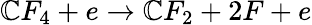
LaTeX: \mathbb{C}F_{4}+e\rightarrow\mathbb{C}F_{2}+2F+e